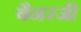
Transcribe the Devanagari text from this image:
बैनरजी